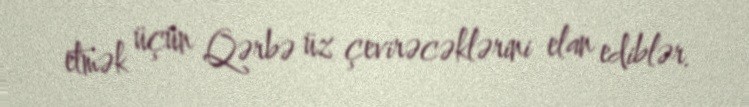
etmək üçün Qərbə üz çevirəcəklərini elan ediblər.